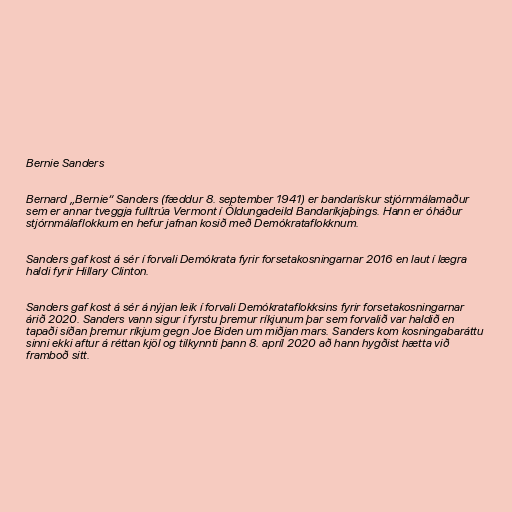
Bernie Sanders

Bernard „Bernie“ Sanders (fæddur 8. september 1941) er bandarískur stjórnmálamaður
sem er annar tveggja fulltrúa Vermont í Öldungadeild Bandaríkjaþings. Hann er óháður
stjórnmálaflokkum en hefur jafnan kosið með Demókrataflokknum.

Sanders gaf kost á sér í forvali Demókrata fyrir forsetakosningarnar 2016 en laut í lægra
haldi fyrir Hillary Clinton.

Sanders gaf kost á sér á nýjan leik í forvali Demókrataflokksins fyrir forsetakosningarnar
árið 2020. Sanders vann sigur í fyrstu þremur ríkjunum þar sem forvalið var haldið en
tapaði síðan þremur ríkjum gegn Joe Biden um miðjan mars. Sanders kom kosningabaráttu
sinni ekki aftur á réttan kjöl og tilkynnti þann 8. apríl 2020 að hann hygðist hætta við
framboð sitt.